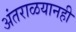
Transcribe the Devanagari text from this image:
अंतराळयानही